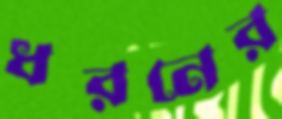
ধরনের